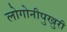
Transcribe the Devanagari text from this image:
लोगोनीपुखुरी